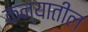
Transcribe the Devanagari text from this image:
कन्यातील